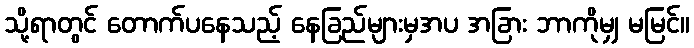
သို့ရာတွင် တောက်ပနေသည့် နေခြည်များမှအပ အခြား ဘာကိုမျှ မမြင်။